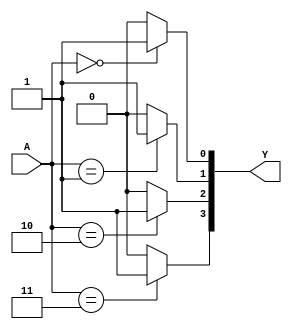
`timescale 1ns / 1ps
//////////////////////////////////////////////////////////////////////////////////
// Company: 
// Engineer: 
// 
// Design Name: 
// Module Name: Decoder24
// Project Name: 
// Target Devices: 
// Tool Versions: 
// Description: 
// 
// Dependencies: 
// 
// Revision:
// Revision 0.01 - File Created
// Additional Comments:
// 
//////////////////////////////////////////////////////////////////////////////////


module Decoder24(Y, A);
    input [1:0]A;
    output reg[3:0] Y;
    integer i;

    always @(A) begin
        Y = 4'b0000;
        for(i = 0; i <=3; i = i + 1)
            if(A == i) // == ===
                Y[i] = 1;
            else
                Y[i] = 0;
    end
endmodule